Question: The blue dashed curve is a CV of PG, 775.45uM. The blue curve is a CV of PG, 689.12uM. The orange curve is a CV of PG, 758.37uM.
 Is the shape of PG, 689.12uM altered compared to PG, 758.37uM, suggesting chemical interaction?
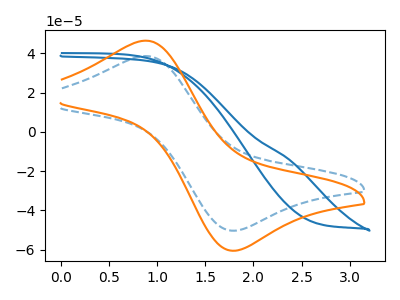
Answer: <think>The blue dashed curve "PG, 775.45uM" has an anodic peak at (0.85V, 38.70uA) and a cathodic peak at (1.80V, -50.35uA). The blue curve "PG, 689.12uM" has no peaks. The orange curve "PG, 758.37uM" has an anodic peak at (0.85V, 46.55uA) and a cathodic peak at (1.80V, -60.55uA).
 "PG, 689.12uM" and "PG, 758.37uM" have a different number of peaks.</think>
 <answer>Yes, "PG, 689.12uM" and "PG, 758.37uM" are different in shape.</answer>
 <eval>yes_change</eval>